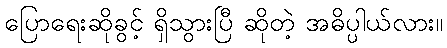
ပြောရေးဆိုခွင့် ရှိသွားပြီ ဆိုတဲ့ အဓိပ္ပါယ်လား။